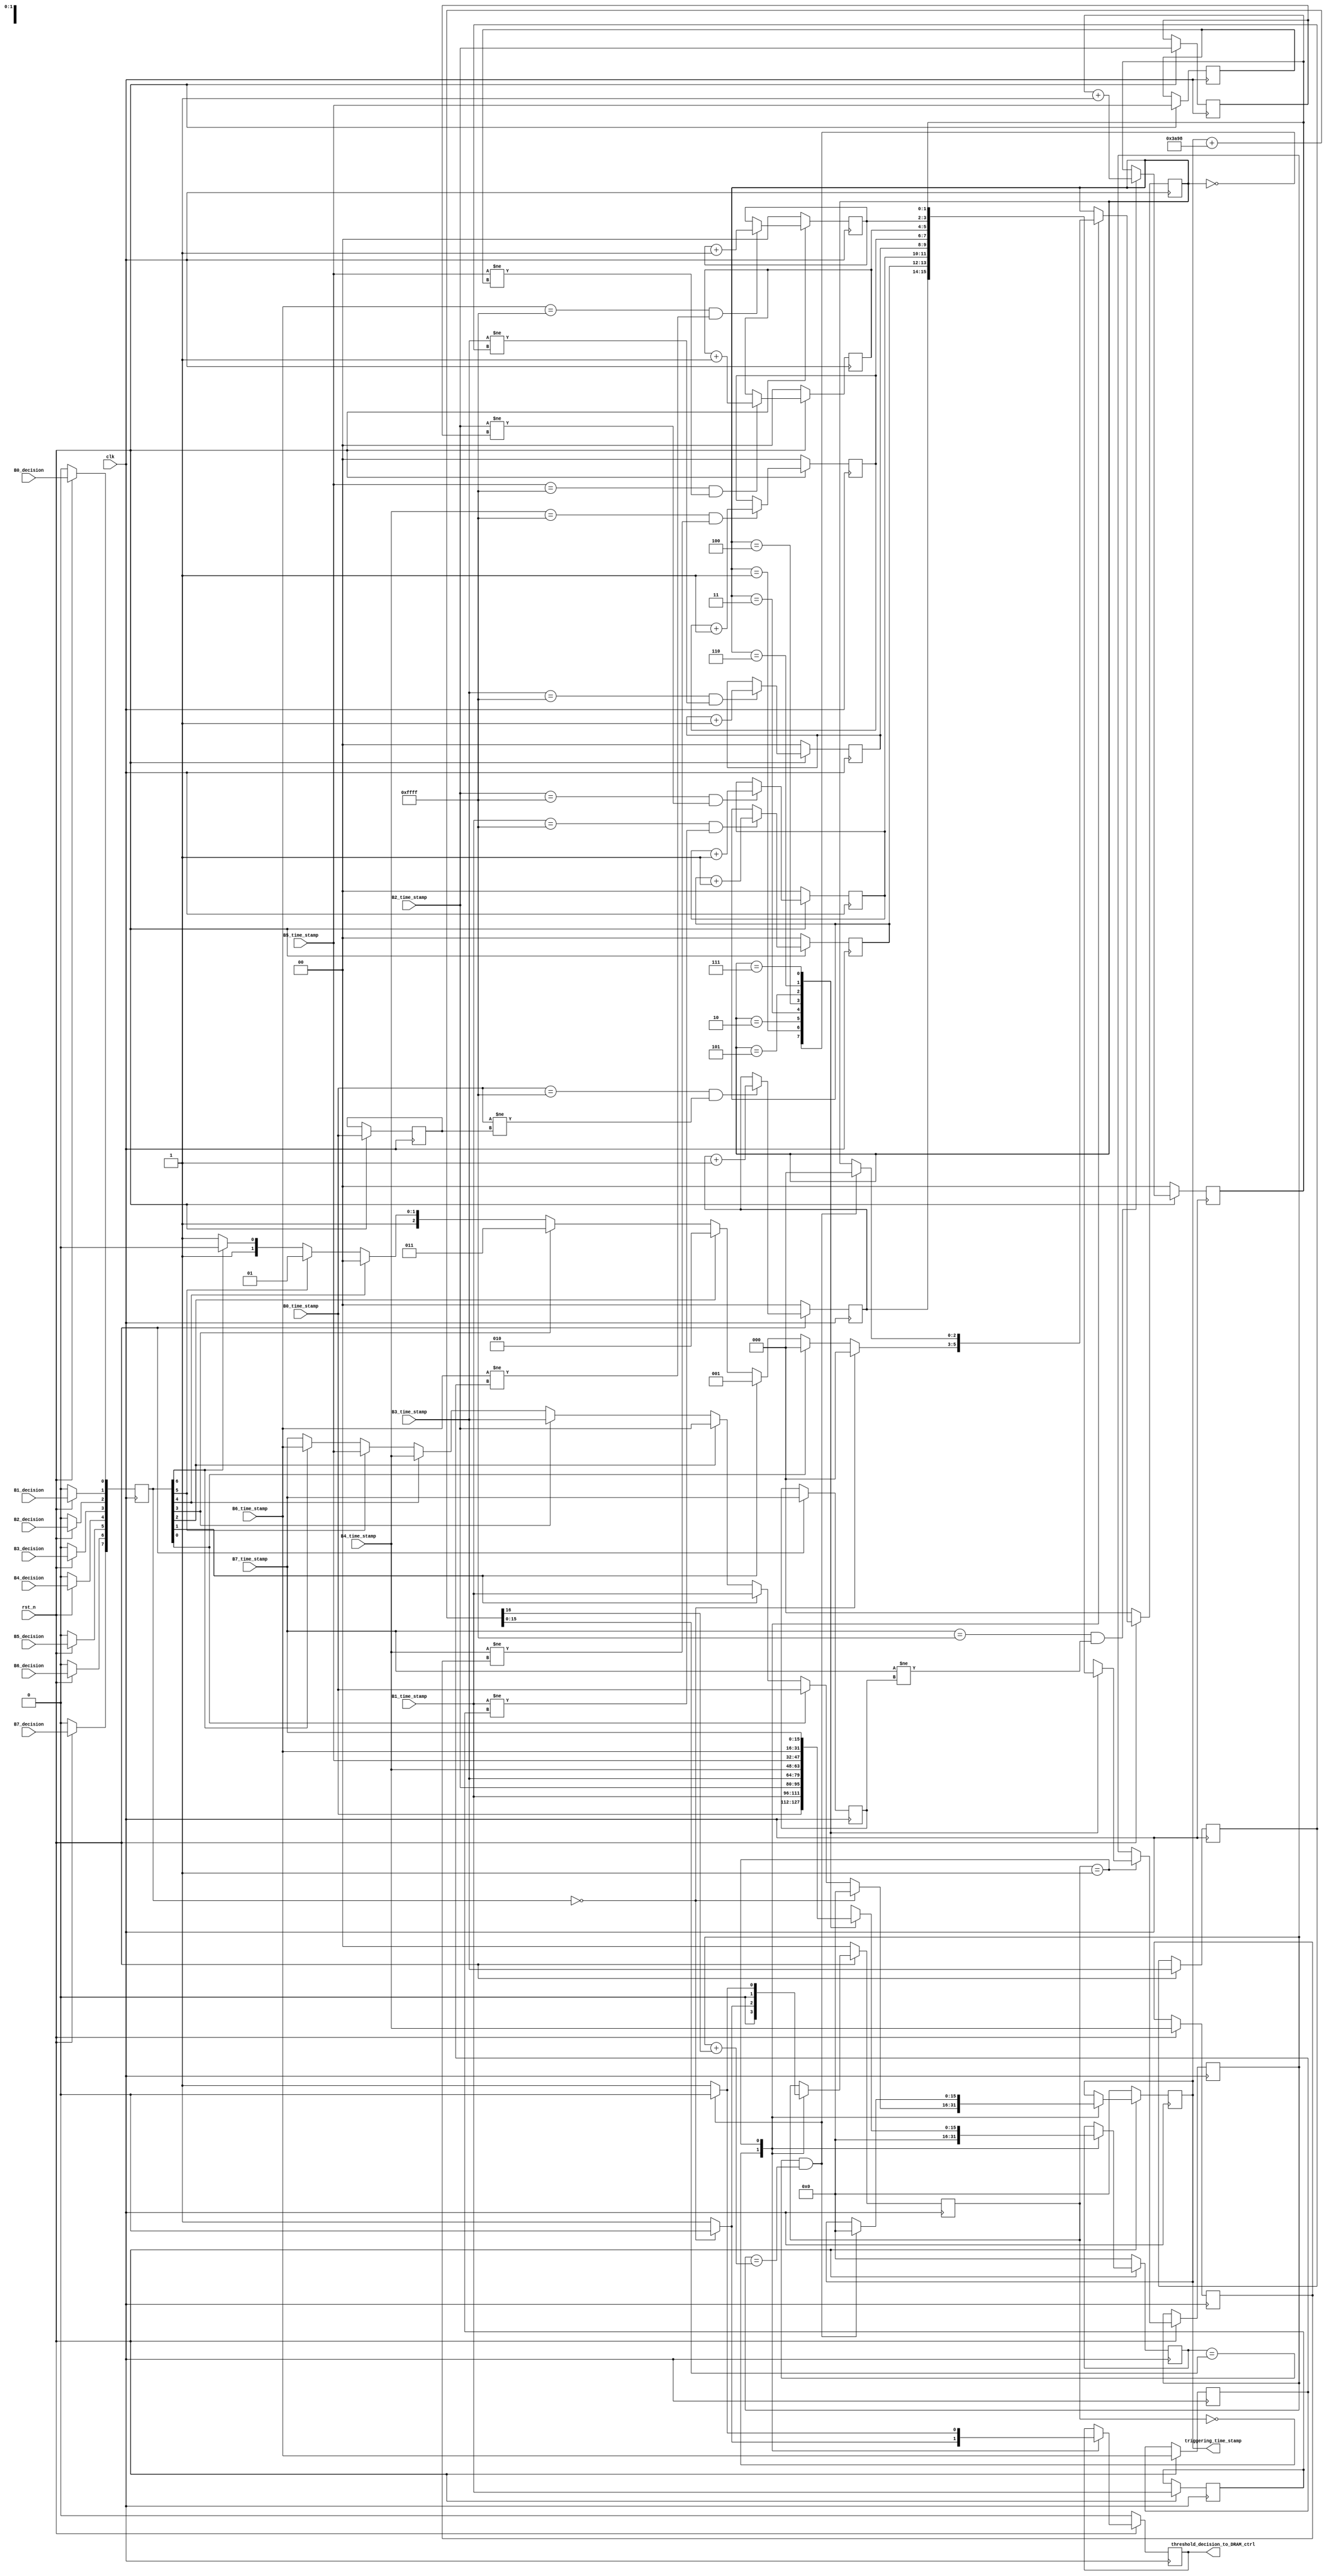
////////////////////////////////////////////////////////////////////////////////////////////////////////////////////////////////////////////////////////////////////////////////////////////////////////
// Thresholder coordinator, used to sync the triggering signal from 8 thresholders
// Function:
//		Originally the 8 thresholders just output high when they find the value is larger than threshold, and set back to 0 if the next data is back to below tresholder
//		The fucntion of this module: whichever trigger sets first, will use that time as the starting trigger time. And last the trigger timespan over the triggering window length
//		Once entered the triggering mode, it will stay for post_trigger_window time based on the triggering channels timestamp, during the process, it won't check again
//		Glitch 1:Suppose to use clock from each one of the RX modules directly, but currently just use clk from RX0 for ease of design
//		Glitch 2: Ex. Sometime, trigger 0 might trigger on T10, while trigger 6 might trigger on T9. However, Trigger 0 set the trigger earlier than Trigger 6, then in that case, we will use T10 as the first trigger time, but this shouldn't be a big problem as the time offset won't be very large, supposing to be within 4 cycles
//
//	Output Definition:
//		triggering_time_stamp: the first triggering timestamp, the receiving side should use this to calculate the starting and ending points. It will remain the same during a single triggering event
//		threshold_decision_to_DRAM_ctrl: This signal will keep high from the first triggering point till it reaches ending triggering point. 
//													On the receiving side, it should keep on checking this signal and compare with the triggering time stamp, there will be a falling edge each time one triggering event is finish
//
// By: Chen Yang
// Rev0: 05/01/2017
////////////////////////////////////////////////////////////////////////////////////////////////////////////////////////////////////////////////////////////////////////////////////////////////////////

module Threshold_Global_Coordinator(
	input clk,
	input rst_n,
	
	input [15:0] B0_time_stamp,
	input B0_decision,
	input [15:0] B1_time_stamp,
	input B1_decision,
	input [15:0] B2_time_stamp,
	input B2_decision,
	input [15:0] B3_time_stamp,
	input B3_decision,
	input [15:0] B4_time_stamp,
	input B4_decision,
	input [15:0] B5_time_stamp,
	input B5_decision,
	input [15:0] B6_time_stamp,
	input B6_decision,
	input [15:0] B7_time_stamp,
	input B7_decision,

	output reg [15:0] triggering_time_stamp,			// Outputing the first detected triggering time point, the receving module should based on this to calculate the starting and ending point
																	// This signal will cross clock domain
	output reg threshold_decision_to_DRAM_ctrl		// This signal will keep high from the first triggering point till it reaches ending triggering point
																	// on the receiving side, it should keep on checking this signal and compare with the triggering time stamp, there will be a falling edge each time one triggering event is finish
																	// This signal will cross clock domain
);
	integer ii;
	parameter WAIT_FOR_START =	2'b00;
	parameter TRIGGER_ACTIVE =	2'b01;
	parameter WAIT_FOR_END	 = 2'b10;
	parameter POST_TRIGGER_ENDING = 16'd15000;
	parameter PRE_TRIGGER_ENDING = 16'd5000;
	
	reg [1:0] State;	
	reg [7:0] Status_Mask;

	/* Trigger Recording Logic */
	//reg [15:0] triggering_time_stamp;
	reg [2:0]  triggering_channel_id;
	reg [1:0]  trigger_iter;
	reg [15:0] current_time_stamp;
	reg [1:0]  curIter [0:7];								// use to record how many times the timestamp loop throught 0x0000 to 0xFFFF
	reg [15:0] prevTS [0:7];
	reg [15:0] pre_trigger_starts;	
	wire[15:0] post_trigger_ending;	
	wire [1:0] end_iter;
	wire 		  overflow;				/* Overflow bit end timestamp calculation */
	
	
	
	/* Logic to track iteration count
	 * Synchronization for this is not essential 
	*/
	// use to record how many times the timestamp loop throught 0x0000 to 0xFFFF
	always @ (posedge clk) begin 
		if (!rst_n) begin 
			for (ii = 0; ii < 8; ii = ii + 1) 
				curIter[ii] <= 2'd0;
		end 
		else begin  
			curIter[0] <= (B0_time_stamp == 16'hFFFF && B0_time_stamp != prevTS[0]) ? curIter[0] + 2'd1 : curIter[0];
			curIter[1] <= (B1_time_stamp == 16'hFFFF && B1_time_stamp != prevTS[1]) ? curIter[1] + 2'd1 : curIter[1];
			curIter[2] <= (B2_time_stamp == 16'hFFFF && B2_time_stamp != prevTS[2]) ? curIter[2] + 2'd1 : curIter[2];
			curIter[3] <= (B3_time_stamp == 16'hFFFF && B3_time_stamp != prevTS[3]) ? curIter[3] + 2'd1 : curIter[3];
			curIter[4] <= (B4_time_stamp == 16'hFFFF && B4_time_stamp != prevTS[4]) ? curIter[4] + 2'd1 : curIter[4];
			curIter[5] <= (B5_time_stamp == 16'hFFFF && B5_time_stamp != prevTS[5]) ? curIter[5] + 2'd1 : curIter[5];
			curIter[6] <= (B6_time_stamp == 16'hFFFF && B6_time_stamp != prevTS[6]) ? curIter[6] + 2'd1 : curIter[6];
			curIter[7] <= (B7_time_stamp == 16'hFFFF && B7_time_stamp != prevTS[7]) ? curIter[7] + 2'd1 : curIter[7];			
			
			/* Save previous timestamp to only increment count once */
			prevTS[0] <= B0_time_stamp;
			prevTS[1] <= B1_time_stamp;
			prevTS[2] <= B2_time_stamp;
			prevTS[3] <= B3_time_stamp;
			prevTS[4] <= B4_time_stamp;
			prevTS[5] <= B5_time_stamp;
			prevTS[6] <= B6_time_stamp;
			prevTS[7] <= B7_time_stamp;
		end 
	end 
	
	////////////////////////////////////////////////////////////////////////////////////////////////////////////////////
	// FIXED!!!!!!!!!!!!!!!!!!!!!!!
	//	Potential Problem:
	// The time stamp is too short: 16 bit only range from 0~65535, need an extra counter of method to record real time
	////////////////////////////////////////////////////////////////////////////////////////////////////////////////////
	assign {overflow, post_trigger_ending} = triggering_time_stamp + POST_TRIGGER_ENDING;		// 15ms of post-trigger data at 1Mhz
	assign end_iter = trigger_iter + overflow;
	
	always@(posedge clk)
		begin
			if(!rst_n)
				begin
				Status_Mask <= 8'd0;
				threshold_decision_to_DRAM_ctrl <= 1'b0;
				triggering_time_stamp <= 16'd0;
				triggering_channel_id <= 3'd0;
				current_time_stamp <= 16'd0;
				State <= WAIT_FOR_START;
				end
			else
				begin
				// Collect the triggering status from 8 tiggers
				Status_Mask[0] <= B0_decision;
				Status_Mask[1] <= B1_decision;
				Status_Mask[2] <= B2_decision;
				Status_Mask[3] <= B3_decision;
				Status_Mask[4] <= B4_decision;
				Status_Mask[5] <= B5_decision;
				Status_Mask[6] <= B6_decision;
				Status_Mask[7] <= B7_decision;
				
				case(State)
					// Wait for the first tiggering event from one of the 8 tiggers
					WAIT_FOR_START:
						begin
						if(Status_Mask == 8'd0)
							begin
							State <= WAIT_FOR_START;
							threshold_decision_to_DRAM_ctrl <= 1'b0;
							triggering_time_stamp <= 16'd0;
							current_time_stamp <= 16'd0;
							triggering_channel_id <= 3'd0;
							end
						else
							//////////////////////////////////////////////////////////////////////////////////////////////////////////////////////////////////////////
							// Potential Problem:
							// If 2 triggers are testing data sampled from different cycle, say T1 detecting samples from time=10, while T2 detecting from time=9,
							// then if T1 tiggers first while T2 tiggers later, then the marked first triggering time will be time=10.
							// But this suppose to be fine as 1 or 2 cycles of shift should be fine. There shouldn't be cycle mismatch for more than 1 cycle.
							//////////////////////////////////////////////////////////////////////////////////////////////////////////////////////////////////////////
							begin
							State <= TRIGGER_ACTIVE;
							threshold_decision_to_DRAM_ctrl <= 1'b1;
							current_time_stamp <= 16'd0;
							// Find the triggering stamp by finding the right most 1 bit in mask
							////////////////////////////////////////////////////////////////////////////////////
							// FIXED!!!!!!!!!!!!!!!!!!!!!!!!!!!!
							// Potential Problem: inefficiency?
							//	Can the comparision be finished in 1 cycle??????? Simulate this and verify
							////////////////////////////////////////////////////////////////////////////////////
							if(Status_Mask[0]) begin triggering_time_stamp <= B0_time_stamp; triggering_channel_id <= 3'd0; end
							else if(Status_Mask[1]) begin triggering_time_stamp <= B1_time_stamp; triggering_channel_id <= 3'd1; end
							else if(Status_Mask[2]) begin triggering_time_stamp <= B2_time_stamp; triggering_channel_id <= 3'd2; end
							else if(Status_Mask[3]) begin triggering_time_stamp <= B3_time_stamp; triggering_channel_id <= 3'd3; end
							else if(Status_Mask[4]) begin triggering_time_stamp <= B4_time_stamp; triggering_channel_id <= 3'd4; end
							else if(Status_Mask[5]) begin triggering_time_stamp <= B5_time_stamp; triggering_channel_id <= 3'd5; end
							else if(Status_Mask[6]) begin triggering_time_stamp <= B6_time_stamp; triggering_channel_id <= 3'd6; end
							else begin triggering_time_stamp <= B7_time_stamp; triggering_channel_id <= 3'd7; end
							end
						end
					
					
					///////////////////////////////////////////////////////////////////////////////////////////////////////////////////////////////////////////////
					// Better Solution?
					// When first triggered, send that timestamp to the DRAM controller so the DRAM mask can be directly updated.
					// The start and ending time will be calculated in the DRAM controller. Thus all the data will be mapped&locked automatically on the DRAM side.
					///////////////////////////////////////////////////////////////////////////////////////////////////////////////////////////////////////////////
					TRIGGER_ACTIVE:
						begin
						case(triggering_channel_id)
							0: begin current_time_stamp <= B0_time_stamp; trigger_iter <= curIter[0]; end 
							1: begin current_time_stamp <= B1_time_stamp; trigger_iter <= curIter[1]; end 
							2: begin current_time_stamp <= B2_time_stamp; trigger_iter <= curIter[2]; end 
							3: begin current_time_stamp <= B3_time_stamp; trigger_iter <= curIter[3]; end 
							4: begin current_time_stamp <= B4_time_stamp; trigger_iter <= curIter[4]; end 
							5: begin current_time_stamp <= B5_time_stamp; trigger_iter <= curIter[5]; end 
							6: begin current_time_stamp <= B6_time_stamp; trigger_iter <= curIter[6]; end 
							7: begin current_time_stamp <= B7_time_stamp; trigger_iter <= curIter[7]; end 
						endcase
						
						////////////////////////////////////////////////////////////////////////////////////////////////////////////////////
						// Potential Problem:
						// The time stamp is too short: 16 bit only range from 0~65535, need an extra counter of method to record real time
						////////////////////////////////////////////////////////////////////////////////////////////////////////////////////
						if(current_time_stamp == post_trigger_ending && trigger_iter == end_iter)		// deal with the overflow on timestamp
							begin
							State <= WAIT_FOR_START;
							threshold_decision_to_DRAM_ctrl <= 1'b0;
							triggering_time_stamp <= 16'd0;
							triggering_channel_id <= 3'd0;
							end
						else
							begin
							State <= TRIGGER_ACTIVE;
							threshold_decision_to_DRAM_ctrl <= 1'b1;
							triggering_time_stamp <= triggering_time_stamp;
							triggering_channel_id <= triggering_channel_id;
							end
						
						end
				
				
				endcase
				end
		end
	
	
	endmodule